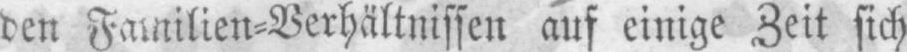
den Familien⸗Verhältnissen auf einige Zeit sich